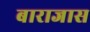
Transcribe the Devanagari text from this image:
बाराजास